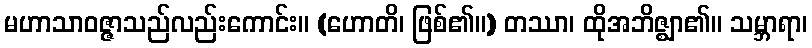
မဟာသာဝဇ္ဇာသည်လည်းကောင်း။ (ဟောတိ၊ ဖြစ်၏။) တဿာ၊ ထိုအဘိဇ္ဈာ၏။ သမ္ဘာရာ၊